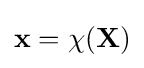
{\bf {x}}={\bf {\chi }}({\bf {X}})